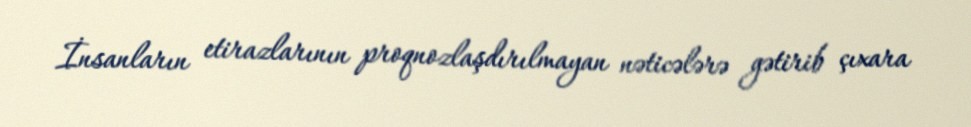
İnsanların etirazlarının proqnozlaşdırılmayan nəticələrə gətirib çıxara